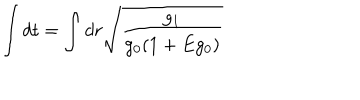
\int d t = \int d r \sqrt { \frac { g _ { 1 } } { g _ { 0 } ( 1 + E g _ { 0 } ) } } \;